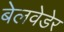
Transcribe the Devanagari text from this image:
बेलवेडेर